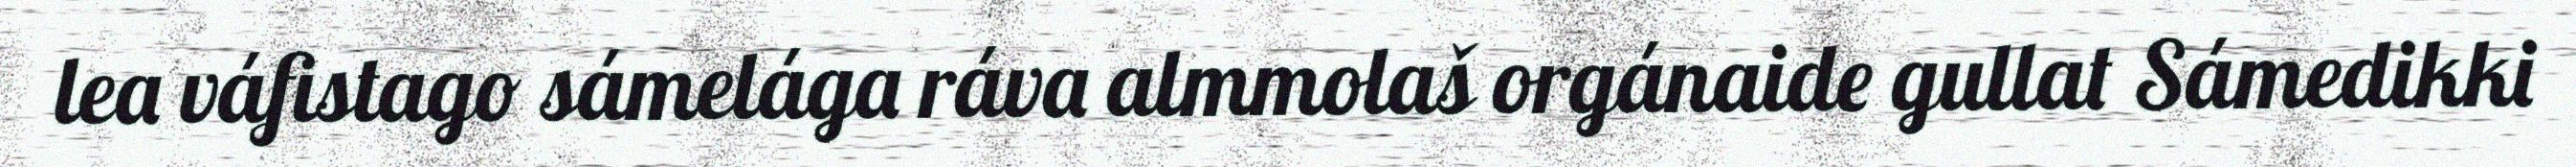
lea váfistago sámelága ráva almmolaš orgánaide gullat Sámedikki